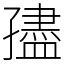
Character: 孻